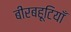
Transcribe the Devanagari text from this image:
बीरबहूटियाँ